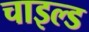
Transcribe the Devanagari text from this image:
चाइल्‍ड